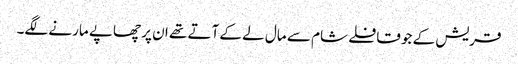
قریش کے جو قافلے شام سے مال لے کے آتے تھے ان پر چھاپے مارنے لگے۔